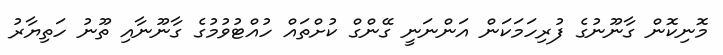
މޮނިކޮން ގާނޫނުގެ ފުރިހަމަކަން އަންނަނީ ގޭންގް ކުށްތައް ހުއްޓުވުމުގެ ގާނޫނާއި ތޫނު ހަތިޔާރު